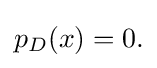
{\textstyle p_{D}(x)=0.}